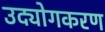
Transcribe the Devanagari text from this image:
उद्योगकरण